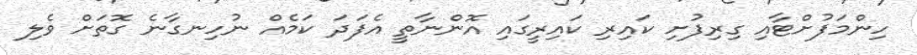
ހިންމަފުށްޓާއި ގިރިފުށި ކައިރި ކައިރީގައި އޮންނާތީ އެފަދަ ކަމެއް ނުހިނގާނެ ގޮތަށް ވެލި